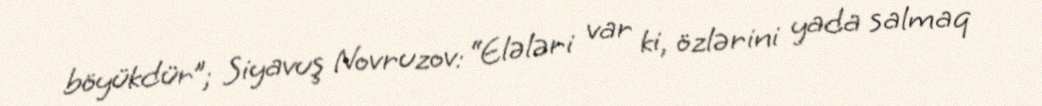
böyükdür”; Siyavuş Novruzov: “Elələri var ki, özlərini yada salmaq